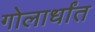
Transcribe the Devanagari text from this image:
गोलार्धांत